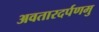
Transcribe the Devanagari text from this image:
अवतारदर्पणमु